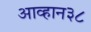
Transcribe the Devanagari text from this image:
आव्हान३८